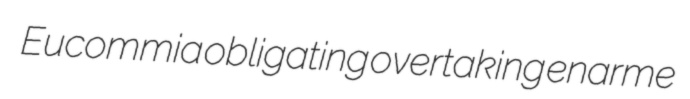
Eucommia obligating overtaking enarme